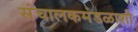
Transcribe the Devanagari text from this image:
संचालकमंडळाशी